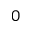
_ 0